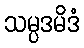
သမ္ပဒမိဒံ